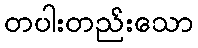
တပါးတည်းသော